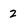
Character: 2